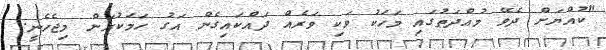
"ކުއްޔަށް ދެވޭ މުއްދަތުގައި މަހަކު ވަކި ވަރެއް ދައްކައިގެން އަގު ހަމަކުރަން މިޖެހެނީ.